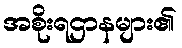
အစိုးရဌာနများ၏